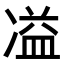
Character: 𭂚